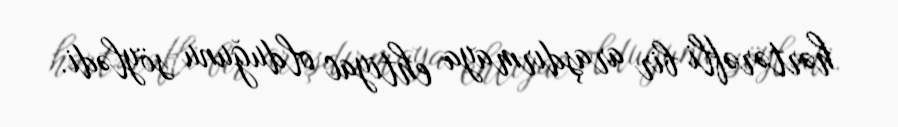
hərtərəfli bir araşdırmaya ehtiyac olduğunu söylədi.